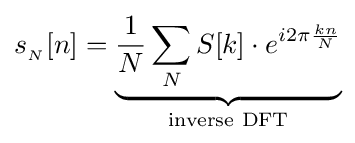
s_{_{N}}[n]=\underbrace {{\frac {1}{N}}\sum _{N}S[k]\cdot e^{i2\pi {\frac {kn}{N}}}} _{\text{inverse DFT}}